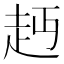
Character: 䞛